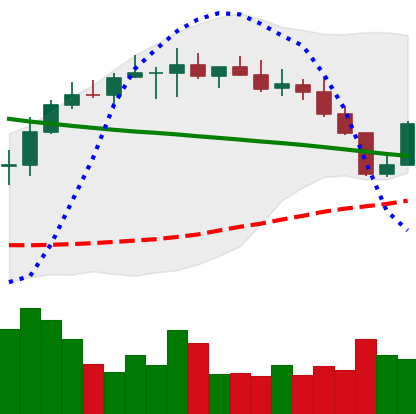
Ticker: BNB-USD
Chart end date: 2022-08-21
Forward return: -7.435%
Label: down_7plus